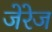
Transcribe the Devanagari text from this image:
जेरेज